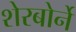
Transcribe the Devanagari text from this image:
शेरबोर्ने